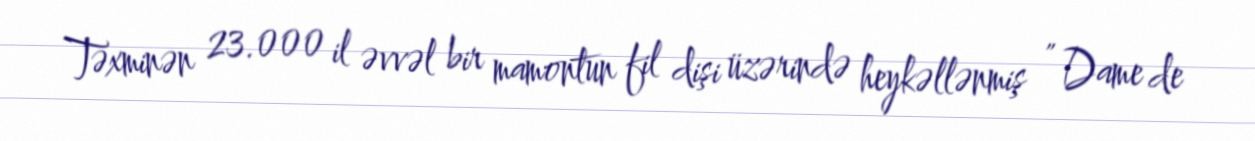
Təxminən 23.000 il əvvəl bir mamontun fil dişi üzərində heykəllənmiş " Dame de